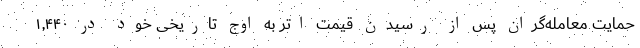
حمایت معامله‌گران پس از رسیدن قیمت اتر به اوج تاریخی خود در ۱,۴۴۰